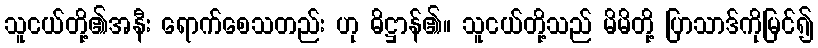
သူငယ်တို့၏အနီး ရောက်စေသတည်း ဟု ဓိဋ္ဌာန်၏။ သူငယ်တို့သည် မိမိတို့ ပြာသာဒ်ကိုမြင်၍